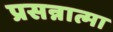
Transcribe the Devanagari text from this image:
प्रसन्नात्मा